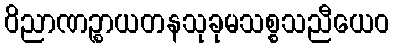
ဝိညာဏဉ္စာယတနသုခုမသစ္စသညီယေဝ